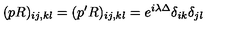
( p R ) _ { i j , k l } = ( p ^ { \prime } R ) _ { i j , k l } = e ^ { i \lambda \Delta } \delta _ { i k } \delta _ { j l }